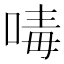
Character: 𠷮